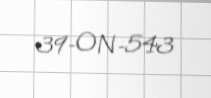
39-ON-543